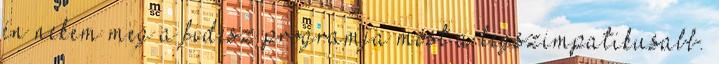
én nekem meg a fidesz programja most a legszimpatikusabb.